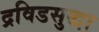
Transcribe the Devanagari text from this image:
द्रविडसुद्धा